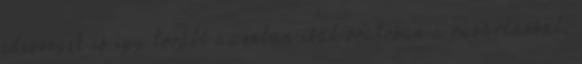
édességek és így tovább azonban csak óvatosan a vásárlással,